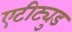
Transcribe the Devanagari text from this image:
एटीट्युड